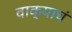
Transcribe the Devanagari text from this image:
वाक्याचं